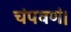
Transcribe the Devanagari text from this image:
चंपवणं।